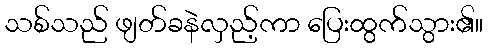
သစ်သည် ဖျတ်ခနဲလှည့်ကာ ပြေးထွက်သွား၏။